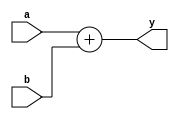
module adder (
	a,
	b,
	y
);
	parameter WIDTH = 8;
	input wire [WIDTH - 1:0] a;
	input wire [WIDTH - 1:0] b;
	output wire [WIDTH - 1:0] y;
	assign y = a + b;
endmodule